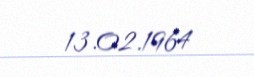
13.02.1964